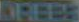
DREES